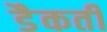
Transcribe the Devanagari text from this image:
डैकती